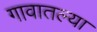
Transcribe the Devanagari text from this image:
गावातल्‍या